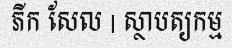
ភីក សែល | ស្ថាបត្យកម្ម